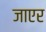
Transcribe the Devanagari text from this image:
जाएर